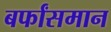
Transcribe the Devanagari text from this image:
बर्फांसमान